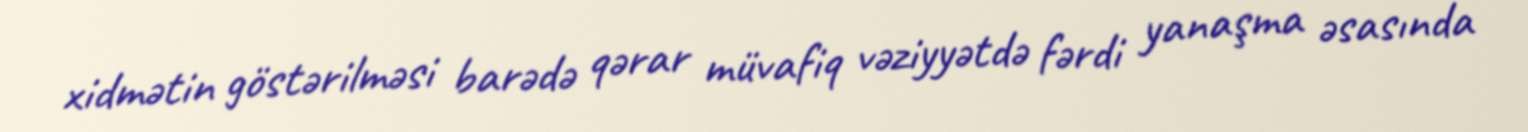
xidmətin göstərilməsi barədə qərar müvafiq vəziyyətdə fərdi yanaşma əsasında